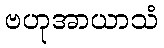
ဗဟုအာယာသံ